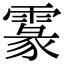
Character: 𩄖